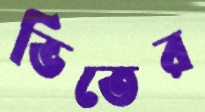
ভিতের